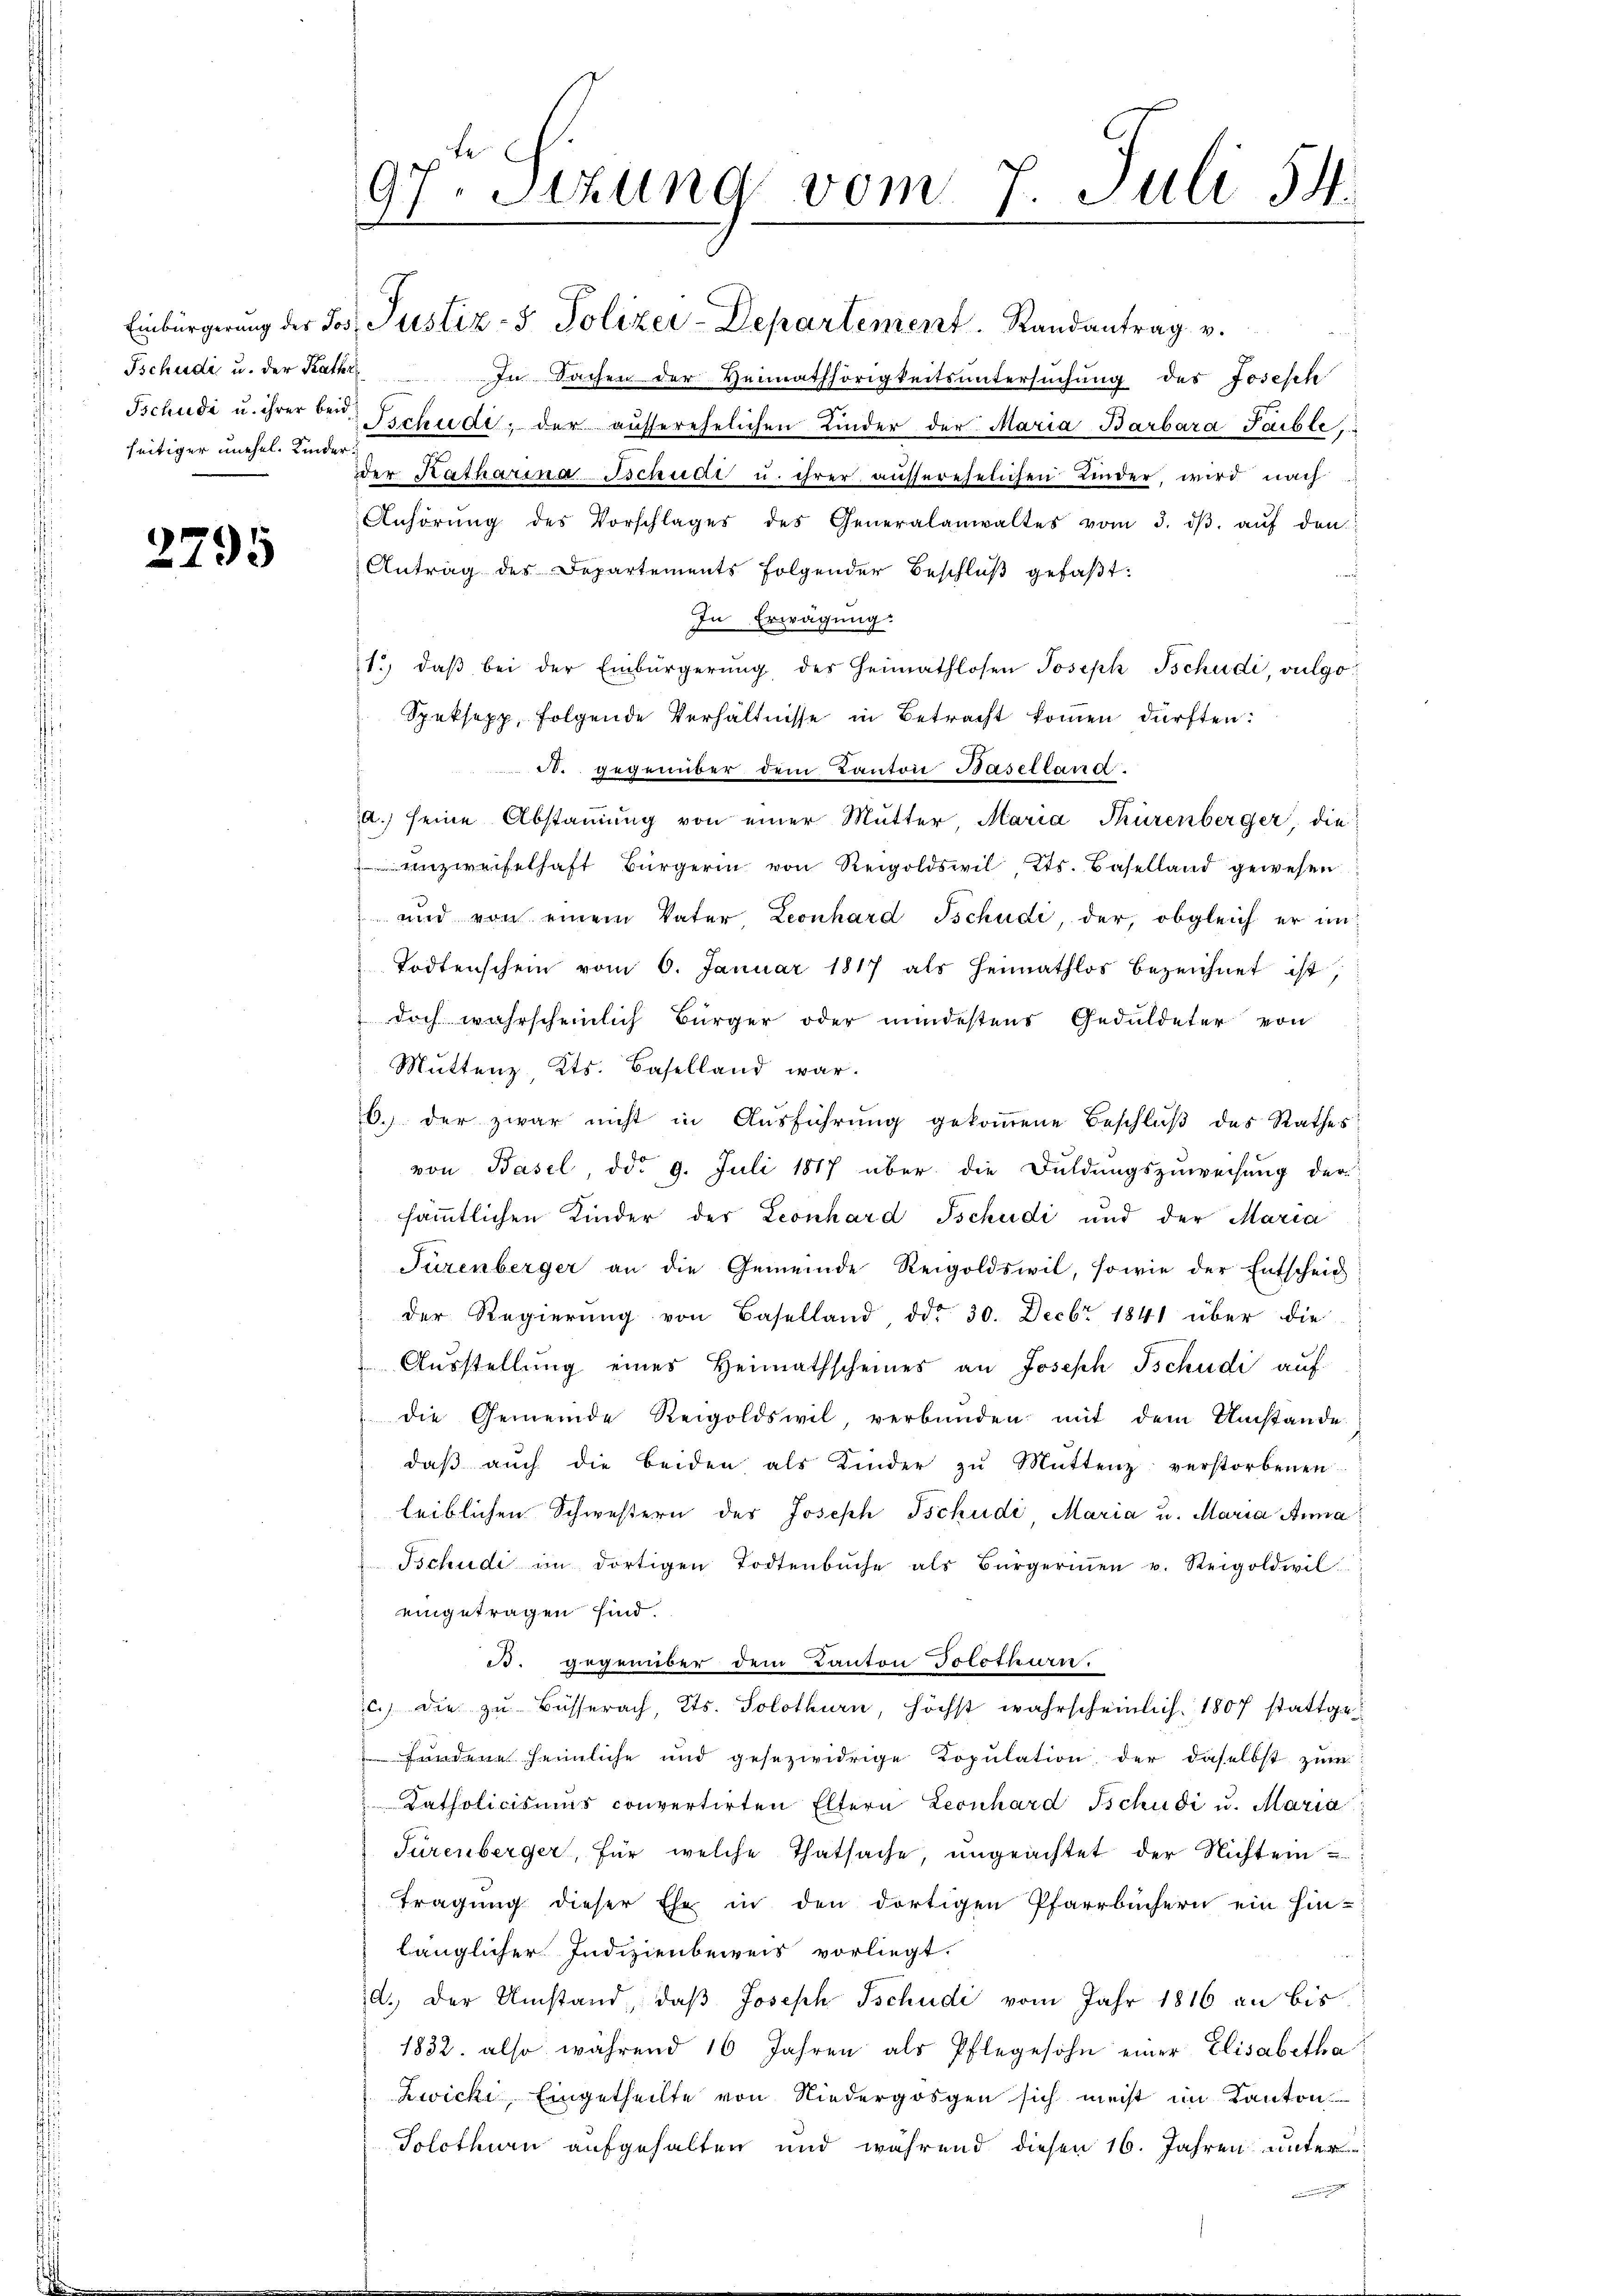
seitiger unehel. Kinder

2795

Sihung vom 7. Juli 54.
97
.

Einbürgerung der Jos. Justiz- & Polizer-Departement. Randantrag v.

Tschudi u. der Kath. In Sachen der Heimathörigkeitsuntersuchung der Josesch
Tschudi u. ihrer bei Tschude; der aŭsserehelichen Kinder der Maria Barbara Paible,
der Katharina Sschudi u. ihrer aŭsserehelichen Kinder, wird nach
Anhörŭng des Vorschlages des Generalanwaltes vom 3. dβ aŭf den
Antrag des Departements folgender Beschlŭβ gefaßt:
d
In Erwägung:
1.) daβ bei der Einbürgerung des Heimathlosen Joseph Tschudi, vulgo
Speksepp, folgende Verhältnisse in Betracht kommen dürften:
A. gegenüber dem Kanton Baselland.
a.) seine Abstammung von einer Mutter, Maria Thürenberger, die
Unzweifelhaft Bürgerin von Reigoldswil, Kts. Baselland gewesen
und von einem Vater Leonhard Tschudi, der, obgleich er im
Todtenschein vom 6. Januar 1817 als Heimathlos bezeichnet ist,
doch wahrscheinlich Bürger oder mindestens Geduldeter von
Muttenz, Kts. Baselland war.
6. der zwar nicht in Aŭsführŭng gekoṁene Beschlŭβ des Rathes
von Basel, ddo 9. Juli 1817 über die Duldungszuweisung der
sämmtlichen Kinder der Leonhard Tschudi und der Maria
Fürenberger an die Gemeinde Reigoldswil, sowie der Entscheid
der Regierŭng von Baselland, ddo 30. Decbr 1841 über die
Ausstellung eines Heimathscheines an Joseph Tschudi auf
die Gemeinde Reigoldswil, verbunden mit dem Umstände
daβ aŭch die beiden als Kinder zŭ Mŭttenz verstorbenen
leiblichen Schwestern des Joseph Tschudi Maria u. Maria Anna
Tschudi im dortigen Todtenbŭche als Bürgermen u. Reigoldwil
eingetragen sind.
B. gegenüber dem Kanton Solothurn.
c.) die zŭ Büsserach, Kts. Solothurn, höchst wahrscheinlich. 1807 stattgefundene heimliche und gesezwidrige Kopulation der daselbst zum
Katholicismus convertirten Eltern Leonhard Tschudi u. Maria
Türenberger, für welche Thatsache, ungeachtet der Nichten u
tragung dieser Ehe in den dortigen Pfarrbüchern ein hin-
länglicher Indizienbeweis vorliegt.
d. Der Umstand, daß Joseph Tschudi vom Jahr 1816 an bis
1832. also während 16 Jahren als Pflegesohn einer Elisabetha
Zwicki, Eingetheilte von Niedergossen sich meist im Kanton
Solothurn aufgehalten und während diesen 16. Jahren unter¬
.